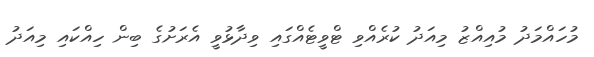
މުހައްމަދު މުއިއްޒު މިއަދު ކުރެއްވި ޓްވީޓެއްގައި ވިދާޅުވީ އެރަށުގެ ބިން ހިއްކައި މިއަދު